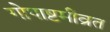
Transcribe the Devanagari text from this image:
गोपाष्टमीव्रत